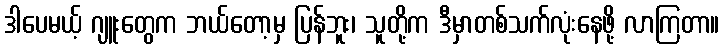
ဒါပေမယ့် ဂျူးတွေက ဘယ်တော့မှ ပြန်ဘူး၊ သူတို့က ဒီမှာတစ်သက်လုံးနေဖို့ လာကြတာ။